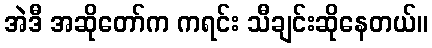
အဲဒီ အဆိုတော်က ကရင်း သီချင်းဆိုနေတယ်။